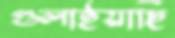
গুলাইয়াছি